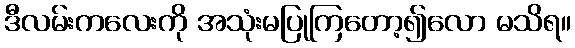
ဒီလမ်းကလေးကို အသုံးမပြုကြတော့၍လော မသိရ။